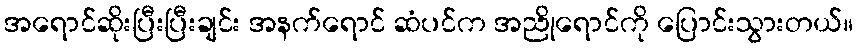
အရောင်ဆိုးပြီးပြီးချင်း အနက်ရောင် ဆံပင်က အညိုရောင်ကို ပြောင်းသွားတယ်။